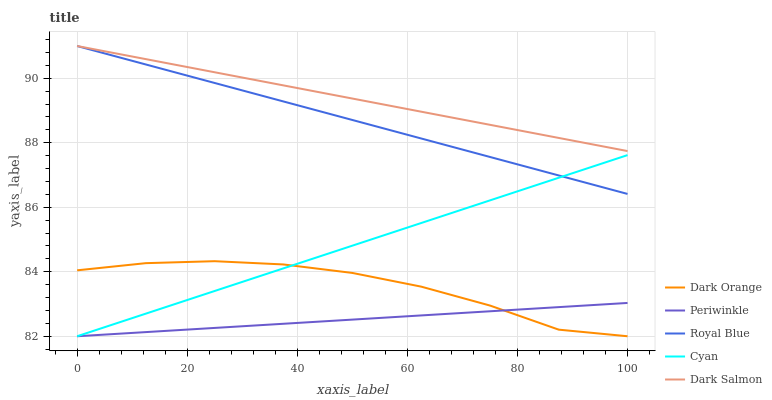
| xaxis_label | Dark Orange | Periwinkle | Royal Blue | Cyan | Dark Salmon |
 | --- | --- | --- | --- | --- | --- |
 | 0 | 84 | 82 | 91 | 82 | 91 |
 | 12.5 | 84.3 | 82.1 | 90.4 | 82.7 | 90.6 |
 | 25 | 84.3 | 82.3 | 89.9 | 83.4 | 90.2 |
 | 37.5 | 84.2 | 82.4 | 89.3 | 84.1 | 89.8 |
 | 50 | 84 | 82.5 | 88.7 | 84.8 | 89.4 |
 | 62.5 | 83.5 | 82.6 | 88.1 | 85.5 | 89 |
 | 75 | 83 | 82.8 | 87.6 | 86.2 | 88.6 |
 | 87.5 | 82.2 | 82.9 | 87 | 86.9 | 88.1 |
 | 100 | 82 | 83 | 86.4 | 87.6 | 87.7 |